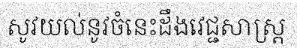
សូវយល់នូវចំនេះដឹងវេជ្ជសាស្ត្រ